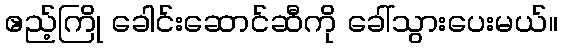
ဧည့်ကြို ခေါင်းဆောင်ဆီကို ခေါ်သွားပေးမယ်။